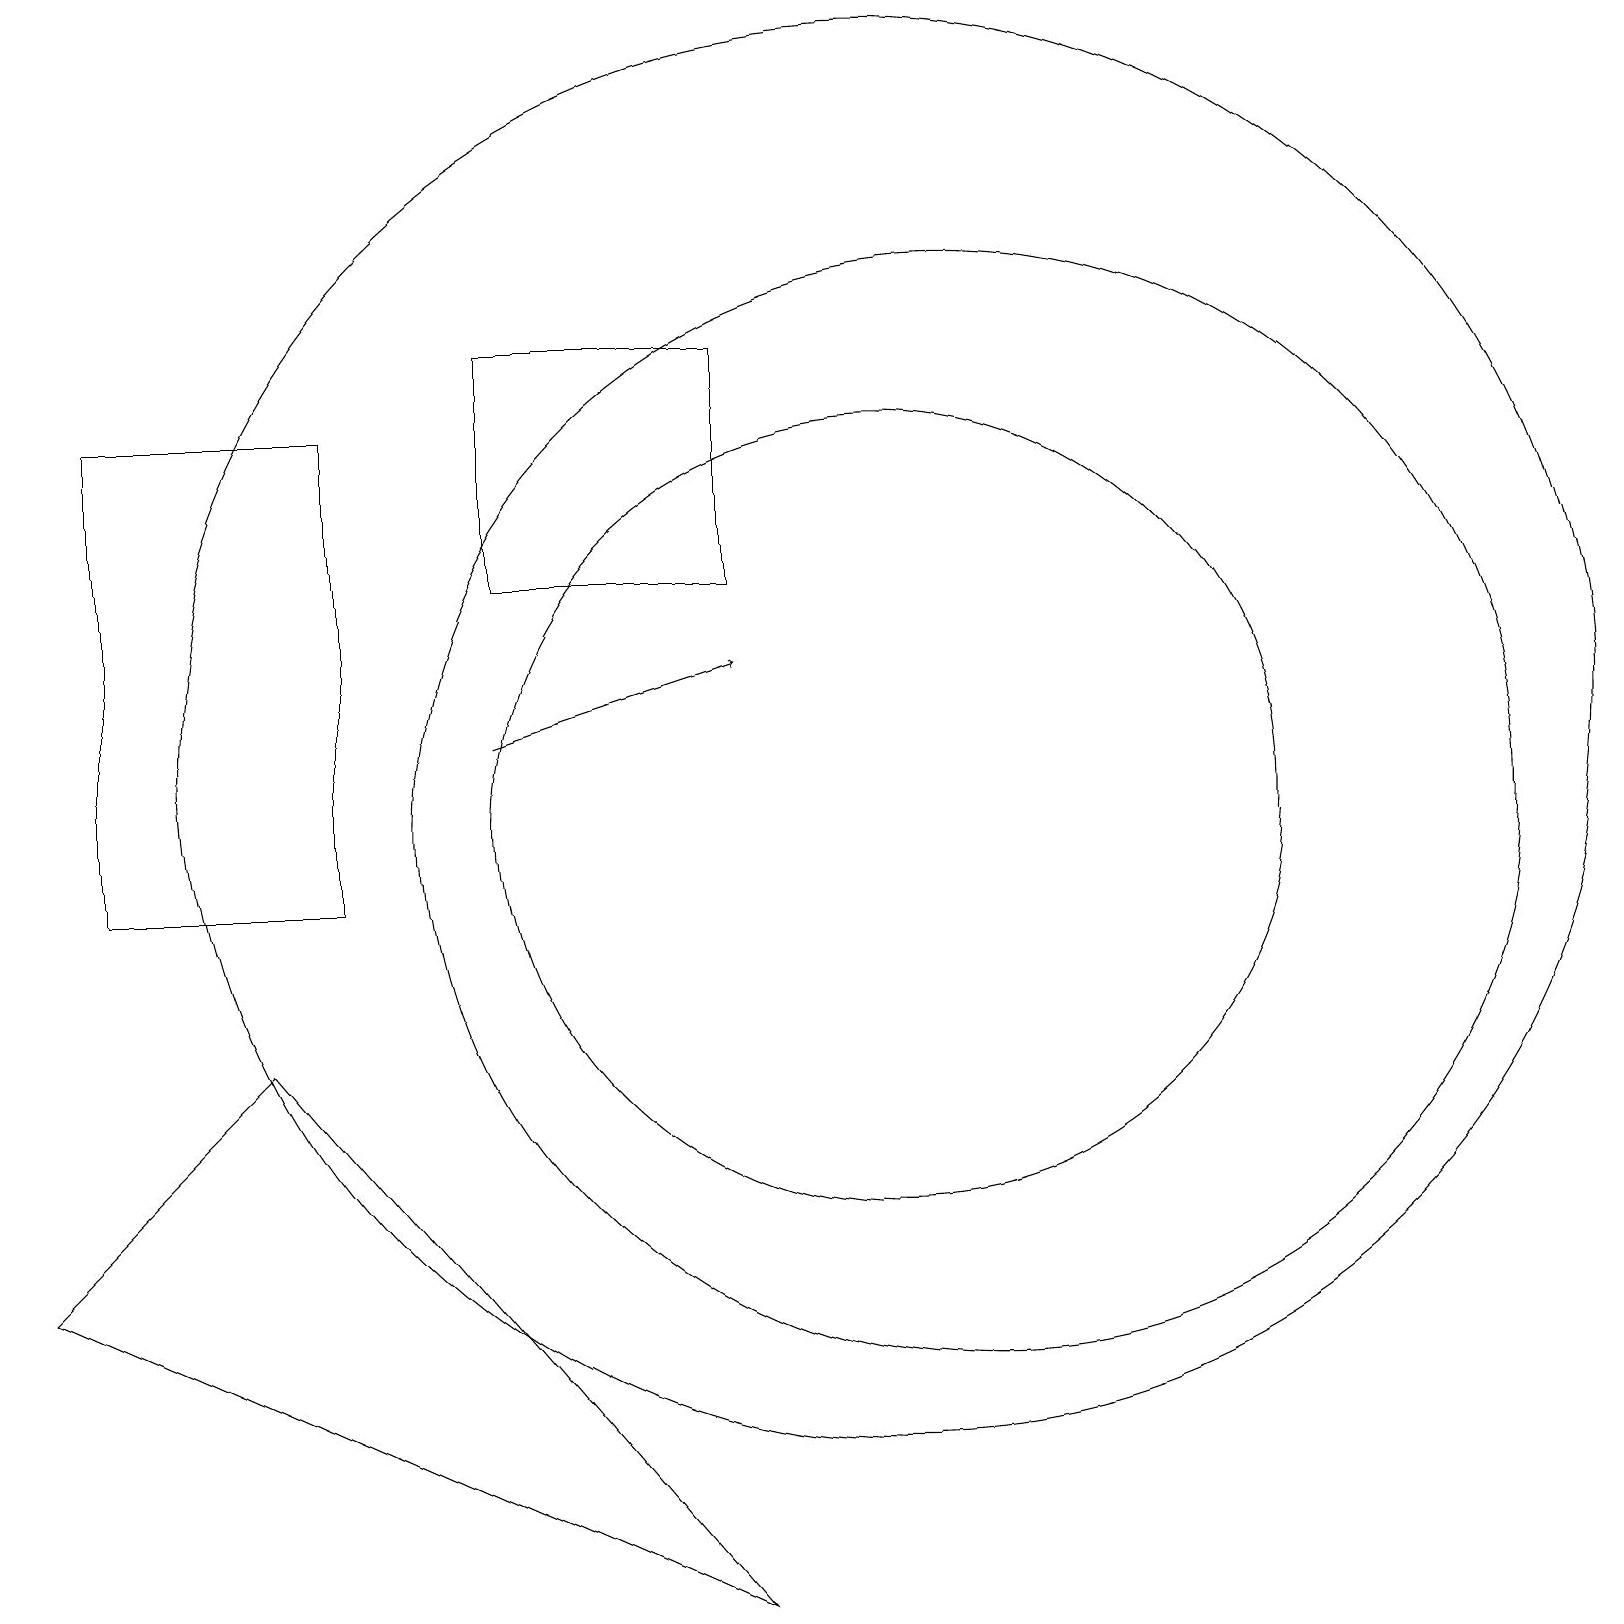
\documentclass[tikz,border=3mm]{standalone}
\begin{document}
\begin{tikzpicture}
\draw (11,12) circle (9);
\draw (4,10) rectangle (1,16);
\draw (11,11) circle (5);
\draw (12,11) circle (7);
\draw[->] (6,12) -- (9,13);
\draw (6,14) rectangle (9,17);
\draw (3,8) -- (9,1) -- (0,5) -- cycle;
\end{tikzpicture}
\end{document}